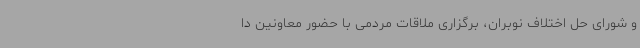
و شورای حل اختلاف نوبران، برگزاری ملاقات مردمی با حضور معاونین دا